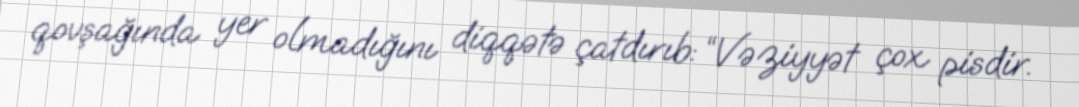
qovşağında yer olmadığını diqqətə çatdırıb: “Vəziyyət çox pisdir.